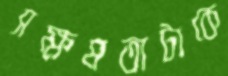
সক্ষমতাটাকে